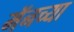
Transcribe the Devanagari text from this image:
मॅनच्या